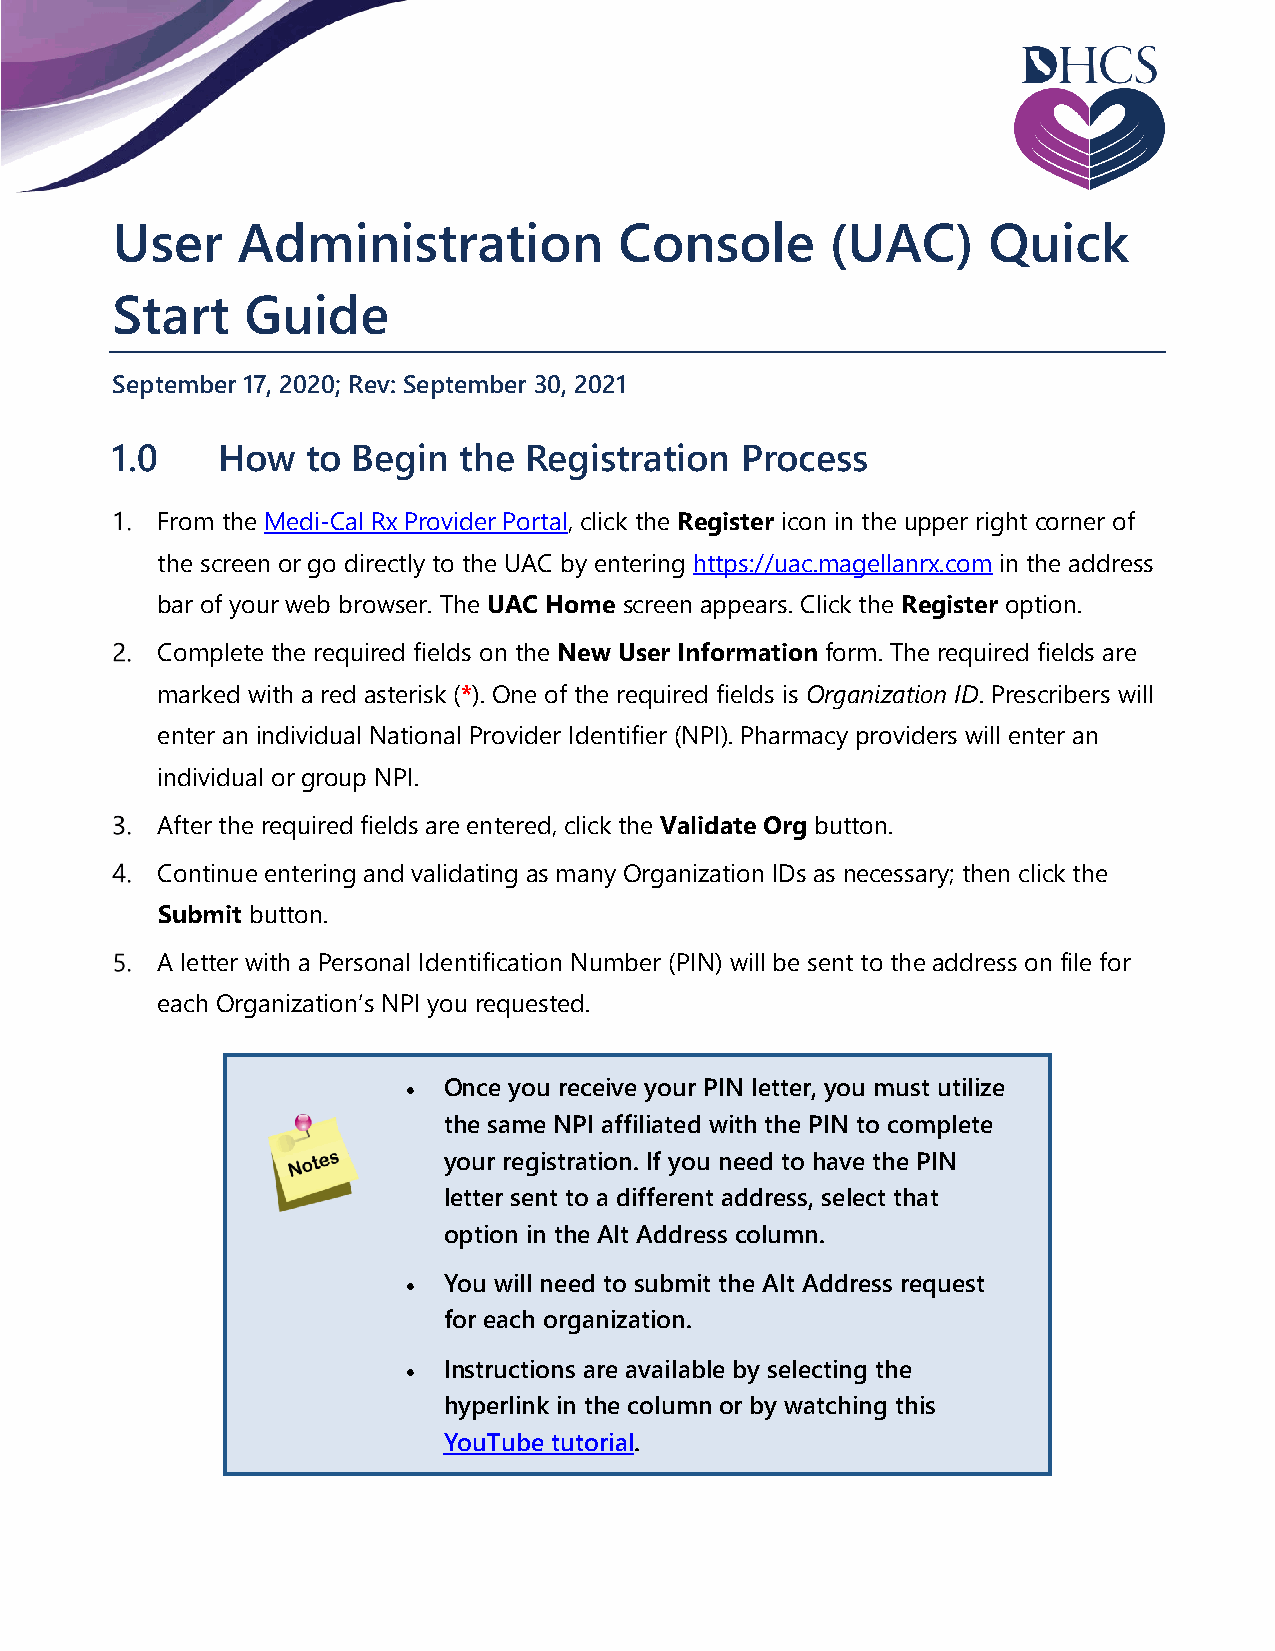
User     Administration           Console       (UAC)     Quick
 Start    Guide
 September 17, 2020; Rev: September 30, 2021
 1.0    How   to Begin  the  Registration  Process
 From the Medi-Cal Rx Provider Portal, click the Register icon in the upper right corner of
 the screen or go directly to the UAC by entering https://uac.magellanrx.com in the address
 bar of your web browser. The UAC Home screen appears. Click the Register option.
 Complete the required fields on the New User Information form. The required fields are
 marked with a red asterisk (*). One of the required fields is Organization ID. Prescribers will
 enter an individual National Provider Identifier (NPI). Pharmacy providers will enter an
 individual or group NPI.
 After the required fields are entered, click the Validate Org button.
 Continue entering and validating as many Organization IDs as necessary; then click the
 Submit button.
 A letter with a Personal Identification Number (PIN) will be sent to the address on file for
 each Organization’s NPI you requested.
 • Once you receive your PIN letter, you must utilize
 the same NPI affiliated with the PIN to complete
 your registration. If you need to have the PIN
 letter sent to a different address, select that
 option in the Alt Address column.
 • You will need to submit the Alt Address request
 for each organization.
 • Instructions are available by selecting the
 hyperlink in the column or by watching this
 YouTube tutorial.